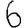
Digit: 6